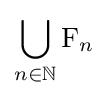
\bigcup _{n\in \mathbb {N} }{\text{F}}_{n}